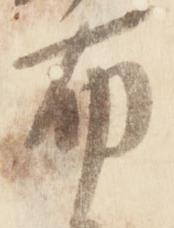
布